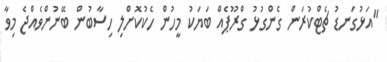
"އަޅުގަނޑު ޗެޓްކުރަން ގެންގުޅު ގްރޫޕެއް ބަޔަކު މީހުން ހެކުކޮށްލި ހިސާބުން ބޭނުންވެއްޖެ މިވާ